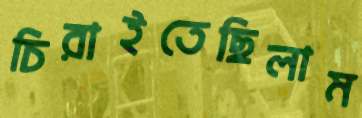
চিরাইতেছিলাম